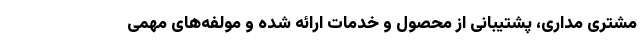
مشتری مداری، پشتیبانی از محصول و خدمات ارائه شده و مولفه‌های مهمی